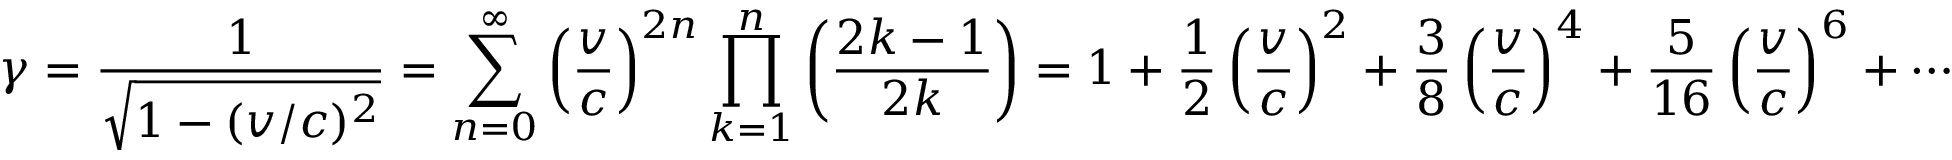
\gamma = { \frac { 1 } { \sqrt { 1 - ( v / c ) ^ { 2 } } } } = \sum _ { n = 0 } ^ { \infty } \left( { \frac { v } { c } } \right) ^ { 2 n } \prod _ { k = 1 } ^ { n } \left( { \frac { 2 k - 1 } { 2 k } } \right) = 1 + { \frac { 1 } { 2 } } \left( { \frac { v } { c } } \right) ^ { 2 } + { \frac { 3 } { 8 } } \left( { \frac { v } { c } } \right) ^ { 4 } + { \frac { 5 } { 1 6 } } \left( { \frac { v } { c } } \right) ^ { 6 } + \cdots